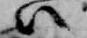
ハ